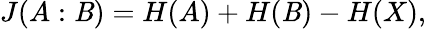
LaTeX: J(A:\mathit{B})=H(A)+H(\mathit{B})-H(X),